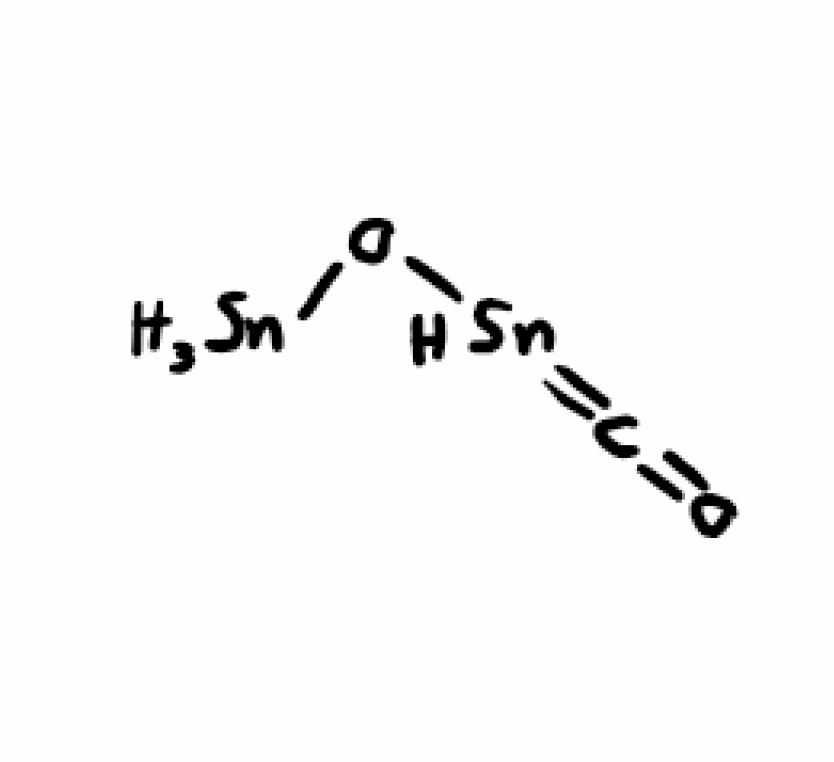
Simplified molecular-input line-entry system (SMILES) notation of the given molecule:
C(=O)=[SnH]O[SnH3]